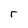
Character: r